Document type: Barter
Year: 1304
Scribe: Pere Pometa
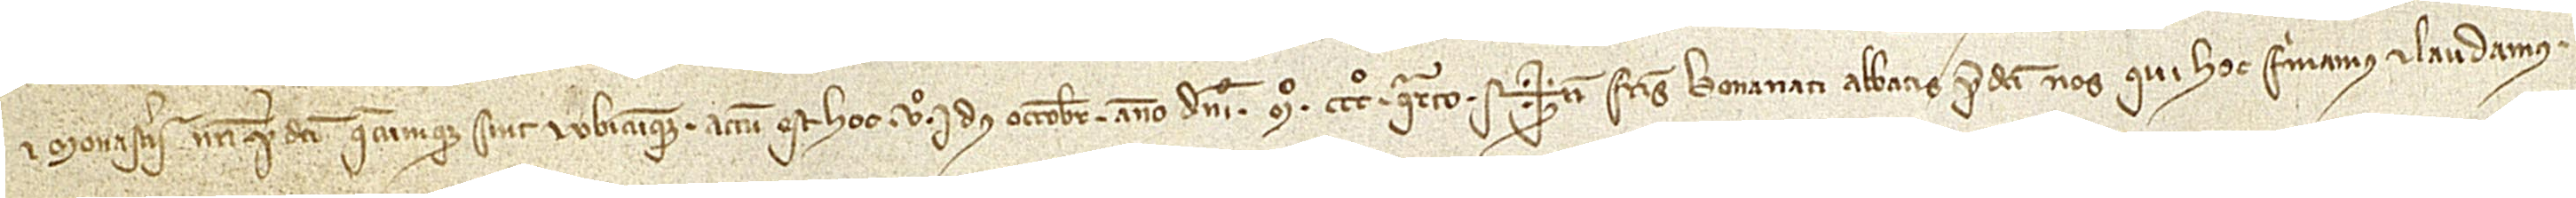
et monasterii nostri predicti quecumque sint et ubicumque. Actum est hoc Vº idus octobris, anno Domini Mº CCCº quarto. Sig+num fratris Bonanati, abbatis predicti, nos qui hoc firmamus et laudamus.